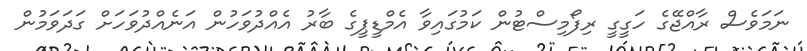
ނަމަވެސް ރާއްޖޭގެ ހަގީގީ ރިފޯމިސްޓުން ކަމުގައިވާ އެމްޑީޕީގެ ބާރު އެއްދުވަހުން އަނެއްދުވަހަށް ގަދަވަމުން